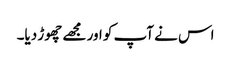
اس نے آپ کو اور مجھے چھوڑ دیا۔